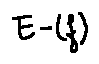
E - ( f )